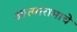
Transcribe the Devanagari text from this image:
आत्मारामाचे